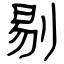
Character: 剔